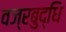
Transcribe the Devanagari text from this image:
वज्रबुद्धि